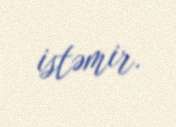
istəmir.